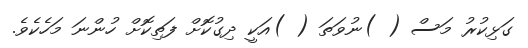
ގަޅިކުރު މަސް ( )ނުވަތަ ( )އަކީ ދިގުކޮށް ފަތިކޮށް ހުންނަ މަހެކެވެ.